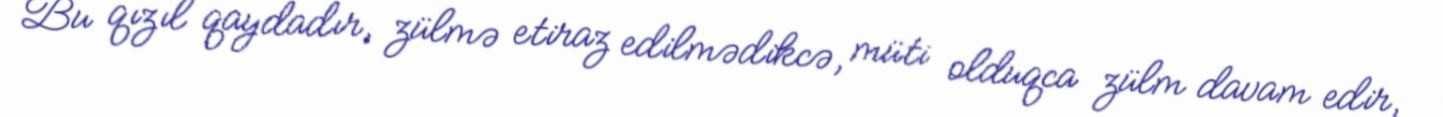
Bu qızıl qaydadır, zülmə etiraz edilmədikcə, müti olduqca zülm davam edir,